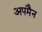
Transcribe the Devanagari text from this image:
अपमैन